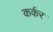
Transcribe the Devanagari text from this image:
कर्कर